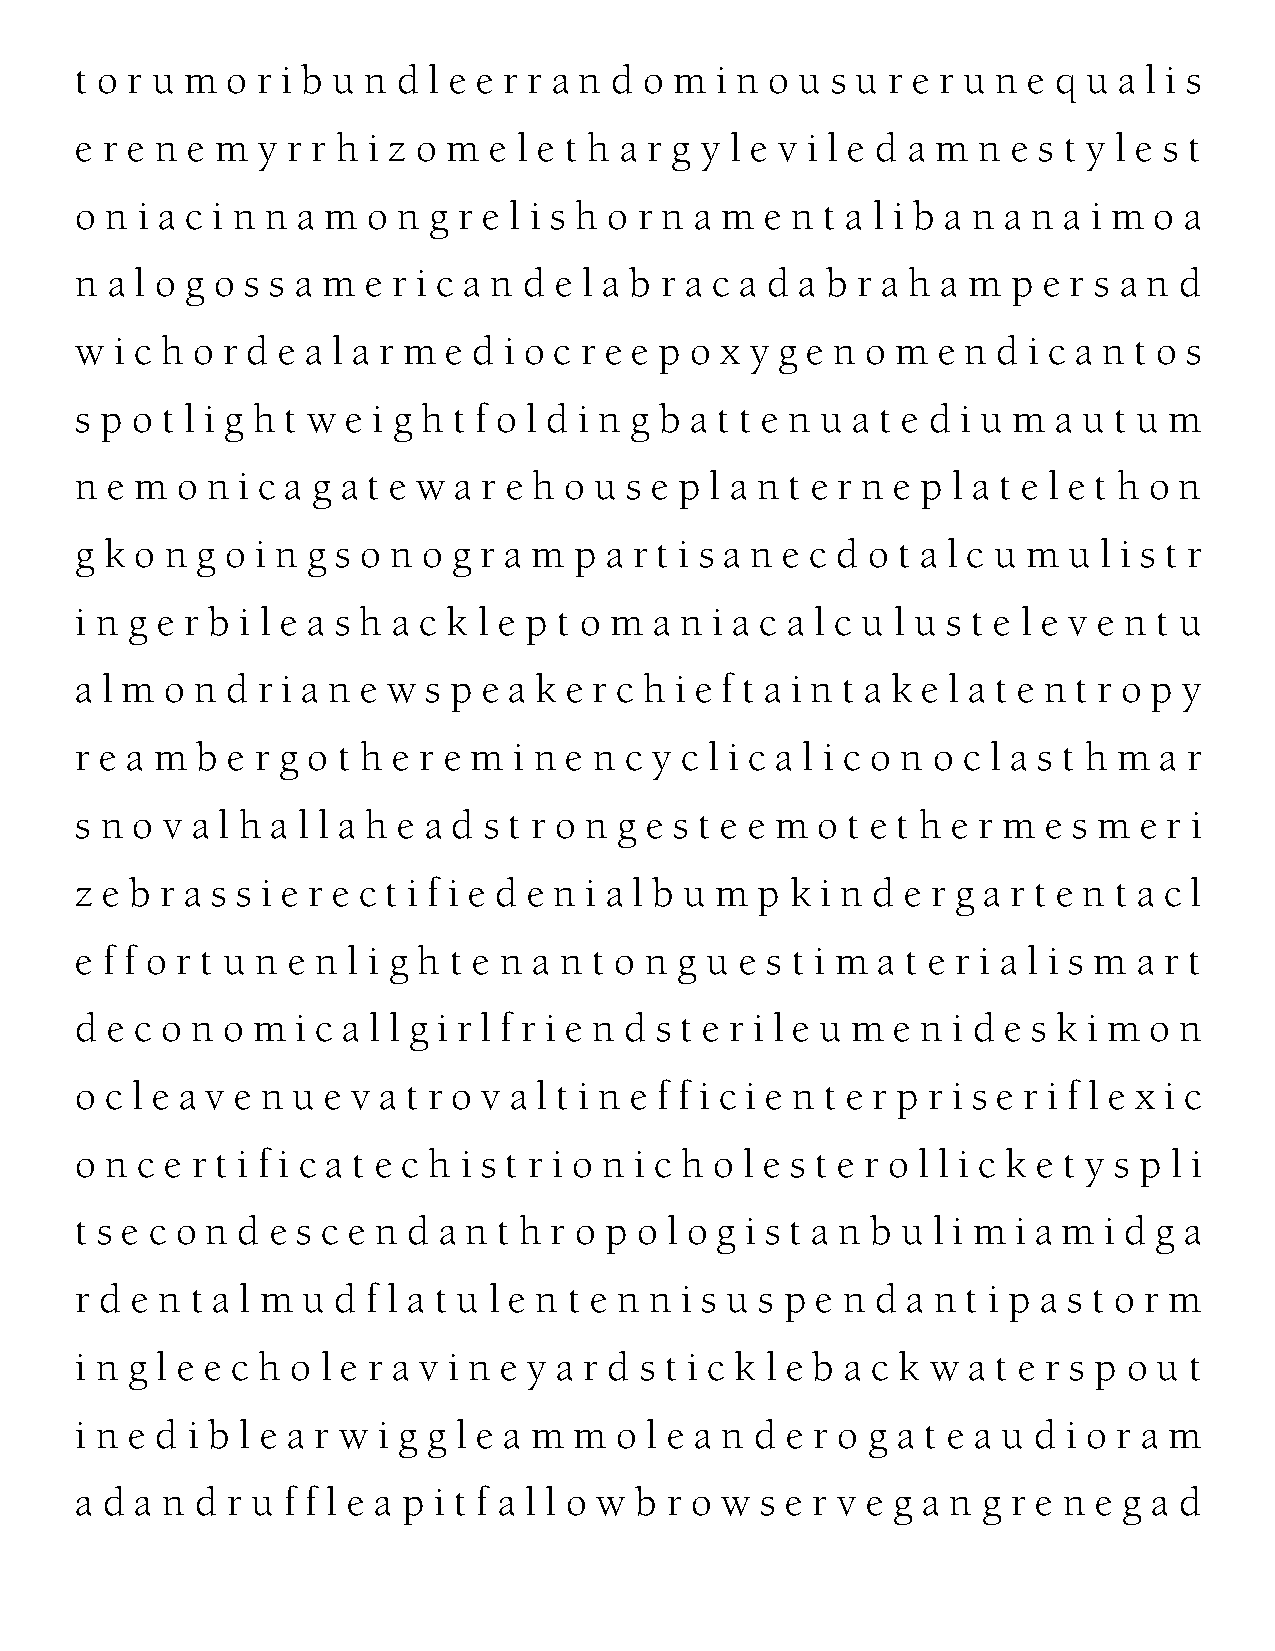
t o r u m o r i b u n d l e e r r a n d o m i n o u s u r e r u n e q u a l i s
 e r e n e m y r r h i z o m e l e t h a r g y l e v i l e d a m n e s t y l e s t
 o n i a c i n n a m o n g r e l i s h o r n a m e n t a l i b a n a n a i m o a
 n a l o g o s s a m e r i c a n d e l a b r a c a d a b r a h a m p e r s a n d
 w  i c h o r d e a l a r m e d i o c r e e p o x y g e n o m e n d i c a n t o s
 s p o t l i g h t w e i g h t f o l d i n g b a t t e n u a t e d i u m a u t u m
 n e m  o n i c a g a t e w a r e h o u s e p l a n t e r n e p l a t e l e t h o n
 g k o n g o i n g s o n o g r a m p a r t i s a n e c d o t a l c u m u l i s t r
 i n g e r b i l e a s h a c k l e p t o m a n i a c a l c u l u s t e l e v e n t u
 a l m o n d r i a n e w s p e a k e r c h i e f t a i n t a k e l a t e n t r o p y
 r e a m b e r g o t h e r e m i n e n c y c l i c a l i c o n o c l a s t h m a r
 s n o v a l h a l l a h e a d s t r o n g e s t e e m o t e t h e r m e s m e r i
 z e b r a s s i e r e c t i f i e d e n i a l b u m p k i n d e r g a r t e n t a c l
 e f f o r t u n e n l i g h t e n a n t o n g u e s t i m a t e r i a l i s m a r t
 d e c o n o m  i c a l l g i r l f r i e n d s t e r i l e u m e n i d e s k i m o n
 o c l e a v e n u e v a t r o v a l t i n e f f i c i e n t e r p r i s e r i f l e x i c
 o n c e r t i f i c a t e c h i s t r i o n i c h o l e s t e r o l l i c k e t y s p l i
 t s e c o n d e s c e n d a n t h r o p o l o g i s t a n b u l i m i a m i d g a
 r d e n t a l m u d f l a t u l e n t e n n i s u s p e n d a n t i p a s t o r m
 i n g l e e c h o l e r a v i n e y a r d s t i c k l e b a c k w a t e r s p o u t
 i n e d i b l e a r w i g g l e a m m o l e a n d e r o g a t e a u d i o r a m
 a d a n d r u f f l e a p i t f a l l o w b r o w s e r v e g a n g r e n e g a d